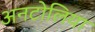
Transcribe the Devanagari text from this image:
अनटोलिया